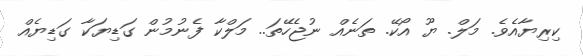
ކިރިޔާއެވެ. މަލް. ޔޫ އޯކޭ. ތަނެއް ނުޖެހޭތަ.. މަލްކާ ފެނުމުން ގަޑިޔަކާ ގަޑިޔެއް